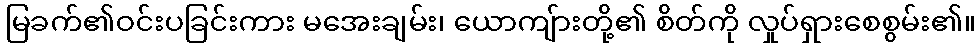
မြခက်၏ဝင်းပခြင်းကား မအေးချမ်း၊ ယောကျ်ားတို့၏ စိတ်ကို လှုပ်ရှားစေစွမ်း၏။